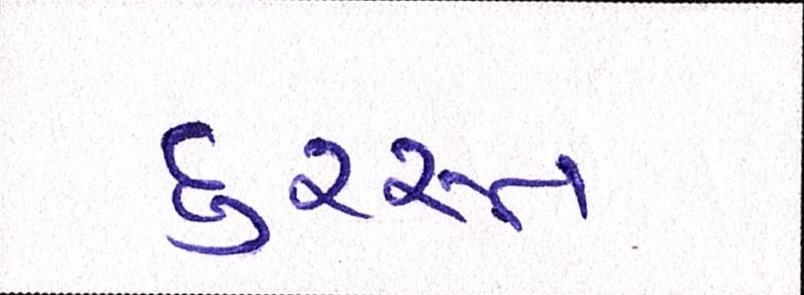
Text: દુરસ્ત